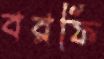
বরফি